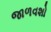
જાળવશો